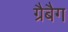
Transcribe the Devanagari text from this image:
ग्रैबैग